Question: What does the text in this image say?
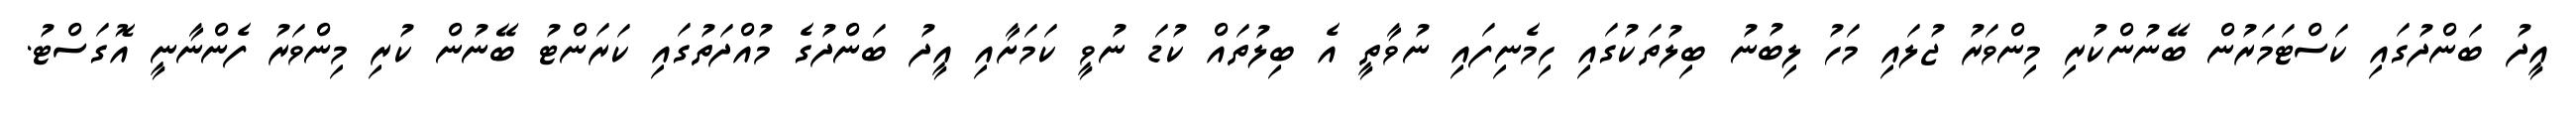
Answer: އީދު ބަންދުގައި ކަސްޓަމަރުން ބޭނުންކުރި މިންވަރު ޖުލައި މަހު ލިބުނު ބިލުތަކުގައި ހިމެނިފައި ނުވާތީ އެ ބިލުތައް ކުޑަ ނުވީ ކަމަށާއި އީދު ބަންދުގެ މުއްދަތުގައި ކަރަންޓު ބޭނުން ކުރި މިންވަރު ފެންނާނީ އޮގަސްޓު.